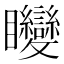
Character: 𥍚